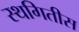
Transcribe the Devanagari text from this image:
स्थगितीस